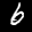
Label: 6